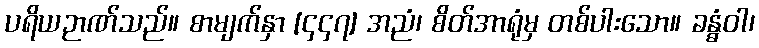
ပရိယဉာဏ်သည်။ စာမျက်နှာ [၄၄၇] အညံ၊ စိတ်အာရုံမှ တစ်ပါးသော။ ခန္ဓံဝါ၊